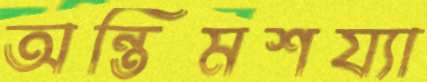
অন্তিমশয্যা